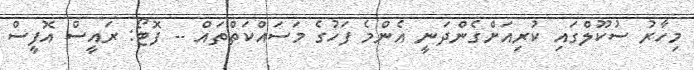
މިހާރު ސުކޫލްގައި ކުރިއަށްގެންދަނީ އެންމެ ފަހުގެ މަސައްކަތްތައް -- ފޮޓޯ: ރައީސް އޮފީސް